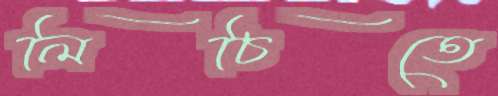
লিচিতে